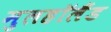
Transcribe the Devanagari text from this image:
मुलहॉलैंड